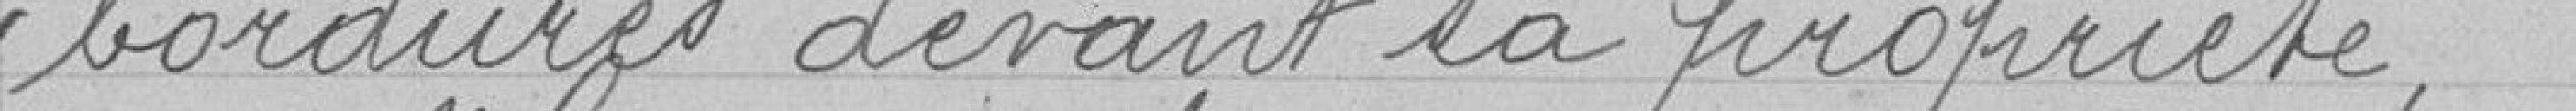
bordures devant sa propriété.